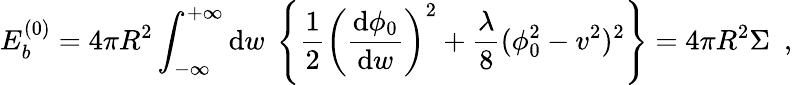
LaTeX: E_{b}^{(0)}=4\pi R^{2}\int_{-\infty}^{+\infty}\mathrm{d}w~\left\{ \frac{1}{2}\left(\frac{\mathrm{d}\phi_{0}}{\mathrm{d}w}\right)^{2}+\frac{\lambda}{8}(\phi_{0}^{2}-v^{2})^{2}\right\} =4\pi R^{2}\Sigma~~,